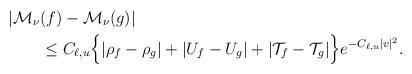
LaTeX: \begin{align*}&|\mathcal{M}_{\nu}(f)-\mathcal{M}_{\nu}(g)|\cr&\qquad\leq C_{\ell,u}\Big\{|\rho_{f}-\rho_{g}|+|U_{f}-U_{g}|+|\mathcal{T}_{f}-\mathcal{T}_{g}|\Big\} e^{-C_{\ell,u}|v|^2}.\end{align*}